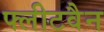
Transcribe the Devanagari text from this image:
फ्लीटवैन